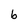
Character: b